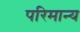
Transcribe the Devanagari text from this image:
परिमान्य